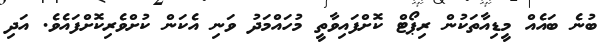
ބުނެ ބައެއް މީޑިއާތަކުން ރިޕޯޓް ކޮށްފައިވާތީ މުހައްމަދު ވަނި އެކަން ކުށްވެރިކޮށްފައެވެ. އަދި